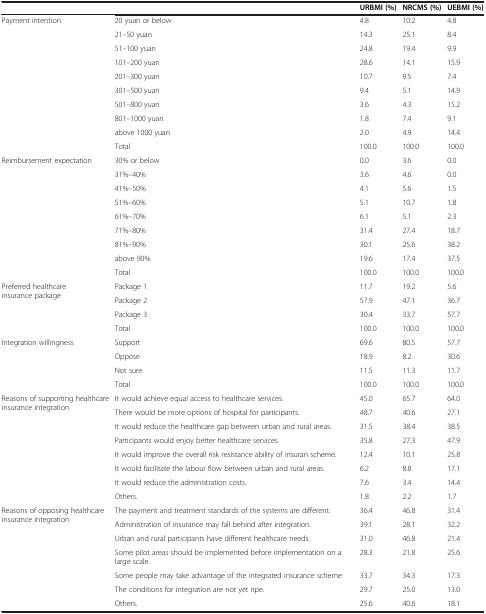
<table><thead><tr><td>[EMPTY_CELL]</td><td>[EMPTY_CELL]</td><td><b>URBMI (%)</b></td><td><b>NRCMS (%)</b></td><td><b>UEBMI (%)</b></td></tr></thead><tbody><tr><td rowspan="10">Payment intention</td><td>20 yuan or below</td><td>4.8</td><td>10.2</td><td>4.8</td></tr><tr><td>21–50 yuan</td><td>14.3</td><td>25.1</td><td>8.4</td></tr><tr><td>51–100 yuan</td><td>24.8</td><td>19.4</td><td>9.9</td></tr><tr><td>101–200 yuan</td><td>28.6</td><td>14.1</td><td>15.9</td></tr><tr><td>201–300 yuan</td><td>10.7</td><td>9.5</td><td>7.4</td></tr><tr><td>301–500 yuan</td><td>9.4</td><td>5.1</td><td>14.9</td></tr><tr><td>501–800 yuan</td><td>3.6</td><td>4.3</td><td>15.2</td></tr><tr><td>801–1000 yuan</td><td>1.8</td><td>7.4</td><td>9.1</td></tr><tr><td>above 1000 yuan</td><td>2.0</td><td>4.9</td><td>14.4</td></tr><tr><td>Total</td><td>100.0</td><td>100.0</td><td>100.0</td></tr><tr><td rowspan="9">Reimbursement expectation</td><td>30% or below</td><td>0.0</td><td>3.6</td><td>0.0</td></tr><tr><td>31%–40%</td><td>3.6</td><td>4.6</td><td>0.0</td></tr><tr><td>41%–50%</td><td>4.1</td><td>5.6</td><td>1.5</td></tr><tr><td>51%–60%</td><td>5.1</td><td>10.7</td><td>1.8</td></tr><tr><td>61%–70%</td><td>6.1</td><td>5.1</td><td>2.3</td></tr><tr><td>71%–80%</td><td>31.4</td><td>27.4</td><td>18.7</td></tr><tr><td>81%–90%</td><td>30.1</td><td>25.6</td><td>38.2</td></tr><tr><td>above 90%</td><td>19.6</td><td>17.4</td><td>37.5</td></tr><tr><td>Total</td><td>100.0</td><td>100.0</td><td>100.0</td></tr><tr><td rowspan="4">Preferred healthcare insurance package</td><td>Package 1</td><td>11.7</td><td>19.2</td><td>5.6</td></tr><tr><td>Package 2</td><td>57.9</td><td>47.1</td><td>36.7</td></tr><tr><td>Package 3</td><td>30.4</td><td>33.7</td><td>57.7</td></tr><tr><td>Total</td><td>100.0</td><td>100.0</td><td>100.0</td></tr><tr><td rowspan="4">Integration willingness</td><td>Support</td><td>69.6</td><td>80.5</td><td>57.7</td></tr><tr><td>Oppose</td><td>18.9</td><td>8.2</td><td>30.6</td></tr><tr><td>Not sure</td><td>11.5</td><td>11.3</td><td>11.7</td></tr><tr><td>Total</td><td>100.0</td><td>100.0</td><td>100.0</td></tr><tr><td rowspan="8">Reasons of supporting healthcare insurance integration</td><td>It would achieve equal access to healthcare services.</td><td>45.0</td><td>65.7</td><td>64.0</td></tr><tr><td>There would be more options of hospital for participants.</td><td>48.7</td><td>40.6</td><td>27.1</td></tr><tr><td>It would reduce the healthcare gap between urban and rural areas.</td><td>31.5</td><td>38.4</td><td>38.5</td></tr><tr><td>Participants would enjoy better healthcare services.</td><td>35.8</td><td>27.3</td><td>47.9</td></tr><tr><td>It would improve the overall risk resistance ability of insuran scheme.</td><td>12.4</td><td>10.1</td><td>25.8</td></tr><tr><td>It would facilitate the labour flow between urban and rural areas.</td><td>6.2</td><td>8.8</td><td>17.1</td></tr><tr><td>It would reduce the administration costs.</td><td>7.6</td><td>3.4</td><td>14.4</td></tr><tr><td>Others.</td><td>1.8</td><td>2.2</td><td>1.7</td></tr><tr><td rowspan="6">Reasons of opposing healthcare insurance integration</td><td>The payment and treatment standards of the systems are different.</td><td>36.4</td><td>46.8</td><td>31.4</td></tr><tr><td>Administration of insurance may fall behind after integration.</td><td>39.1</td><td>28.1</td><td>32.2</td></tr><tr><td>Urban and rural participants have different healthcare needs.</td><td>31.0</td><td>46.8</td><td>21.4</td></tr><tr><td>Some pilot areas should be implemented before implementation on a large scale.</td><td>28.3</td><td>21.8</td><td>25.6</td></tr><tr><td>Some people may take advantage of the integrated insurance scheme</td><td>33.7</td><td>34.3</td><td>17.3</td></tr><tr><td>The conditions for integration are not yet ripe.</td><td>29.7</td><td>25.0</td><td>13.0</td></tr><tr><td>[EMPTY_CELL]</td><td>Others.</td><td>25.6</td><td>40.6</td><td>18.1</td></tr></tbody></table>